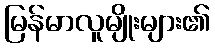
မြန်မာလူမျိုးများ၏